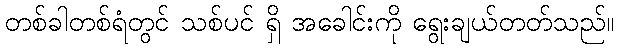
တစ်ခါတစ်ရံတွင် သစ်ပင် ရှိ အခေါင်းကို ရွေးချယ်တတ်သည်။